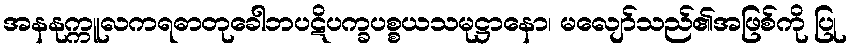
အနနုက္ကူလကရဓာတုခေါဘပဋိပက္ခပစ္စယသမုဋ္ဌာနော၊ မလျော်သည်၏အဖြစ်ကို ပြု